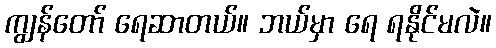
ကျွန်တော် ရေဆာတယ်။ ဘယ်မှာ ရေ ရနိုင်မလဲ။